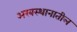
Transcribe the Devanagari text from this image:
अरबस्थानातील